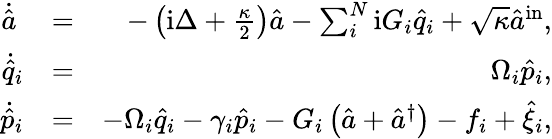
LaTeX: \begin{array}{rlr}{\dot{\hat{a}}\ }&{=}&{-\left(\mathrm{i}\Delta+\frac{\kappa}{2}\right)\hat{a}-\sum_{i}^{N}\mathrm{i}G_{i}\hat{q}_{i}+\sqrt{\kappa}\hat{a}^{\mathrm{in}},}\\ {\dot{\hat{q}}_{i}}&{=}&{\ \Omega_{i}\hat{p}_{i},}\\ {\dot{\hat{p}}_{i}}&{=}&{-\Omega_{i}\hat{q}_{i}-\gamma_{i}\hat{p}_{i}-G_{i}\left(\hat{a}+\hat{a}^{\dagger}\right)-f_{i}+\hat{\xi}_{i},}\end{array}